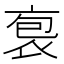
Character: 袌